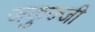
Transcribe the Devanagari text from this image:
जकुज्जी